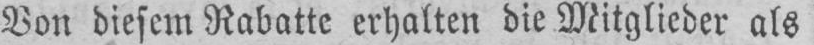
Von diesem Rabatte erhalten die Mitglieder als